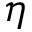
\eta